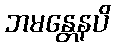
ဘမန္တေနပိ